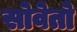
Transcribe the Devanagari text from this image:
सोवेतो